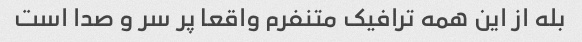
بله از این همه ترافیک متنفرم واقعا پر سر و صدا است